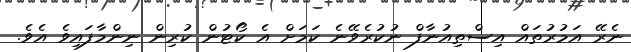
ނެރޭ އަމުރުތައް އިސްތިއުނާފް ނުކުރެވޭނެ ކަމަށް އެ ކޯޓުން ކުރިން ނިންމާފައިވެ އެވެ.